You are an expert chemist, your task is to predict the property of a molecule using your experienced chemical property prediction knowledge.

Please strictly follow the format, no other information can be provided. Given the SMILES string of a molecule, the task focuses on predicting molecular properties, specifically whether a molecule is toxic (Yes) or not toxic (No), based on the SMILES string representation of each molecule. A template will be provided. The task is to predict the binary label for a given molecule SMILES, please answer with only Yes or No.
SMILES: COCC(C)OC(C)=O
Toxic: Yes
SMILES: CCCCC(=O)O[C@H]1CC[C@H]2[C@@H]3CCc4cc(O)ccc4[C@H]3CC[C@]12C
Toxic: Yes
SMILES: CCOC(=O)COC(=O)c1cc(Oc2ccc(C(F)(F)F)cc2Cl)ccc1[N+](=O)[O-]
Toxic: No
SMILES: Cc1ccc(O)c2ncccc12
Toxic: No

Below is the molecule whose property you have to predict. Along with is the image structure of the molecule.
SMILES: Cc1cc(C)n(CO)n1
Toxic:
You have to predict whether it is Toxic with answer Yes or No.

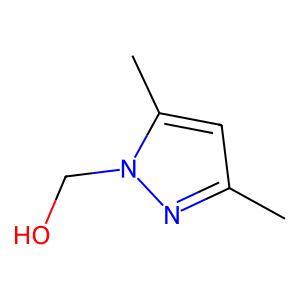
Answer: No